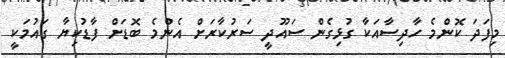
މިފަދަ ކޮންމެ ހާދިސާއަކާ ގުޅިގެން ސައޫދީ ސަރުކާރަށް އެންމެ ބޮޑަށް ފާޑުކިޔާ ގައުމަކީ